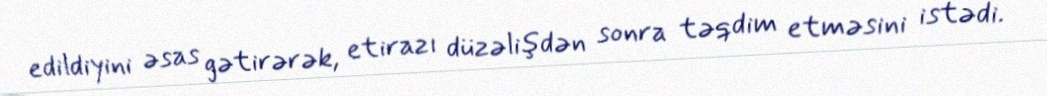
edildiyini əsas gətirərək, etirazı düzəlişdən sonra təqdim etməsini istədi.